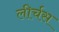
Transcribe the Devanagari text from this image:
लीर्चस